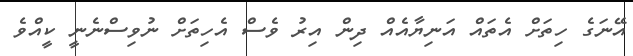
އޭނަގެ ހިތަށް އެތައް އަނިޔާއެއް ދިން އިރު ވެސް އެހިތަށް ނުވިސްނެނީ ކީއްވެ